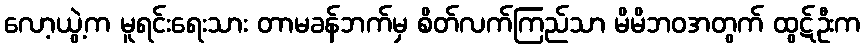
လော့ယွဲ့က မူရင်းရေးသား တာမခန်ဘက်မှ စိတ်လက်ကြည်သာ မိမိဘဝအတွက် ထွဋ်ဦးက